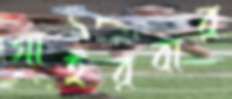
গাইরবার